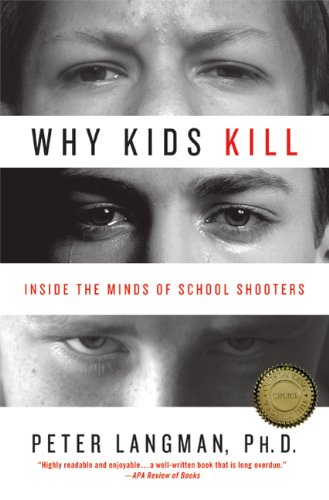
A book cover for Why Kids Kill: Inside the Minds of School Shooters; Peter Langman; Medical Books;